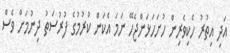
އަދި އިތުރު ހެކިވެރިން ހުށަހަޅަންޖެހޭ ނަމަ އެކަން ކުރުމުގެ ފުރުސަތު ދިނުމަށް ވެސް